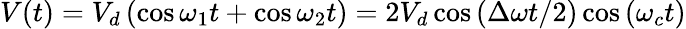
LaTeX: V(t)=V_{d}\left(\cos\omega_{1}t+\cos\omega_{2}t\right)=2V_{d}\cos{(\Delta\omega t/2)}\cos{(\omega_{c}t)}